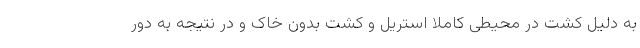
به دلیل کشت در محیطی کاملاً استریل و کشت بدون خاک و در نتیجه به دور